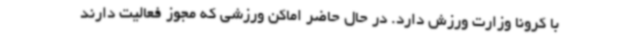
با کرونا وزارت ورزش دارد. در حال حاضر اماکن ورزشی که مجوز فعالیت دارند